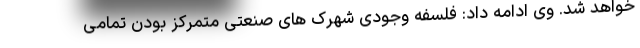
خواهد شد. وی ادامه داد: فلسفه وجودی شهرک های صنعتی متمرکز بودن تمامی